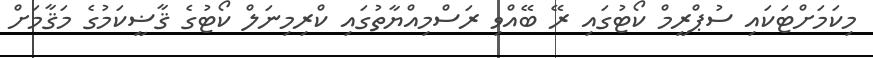
މިކަމަށްޓަކައި ސުޕްރީމް ކޯޓުގައި ރޭ ބޭއްވި ރަސްމިއްޔާތުގައި ކްރިމިނަލް ކޯޓުގެ ޤާޟީކަމުގެ މަޤާމަށް